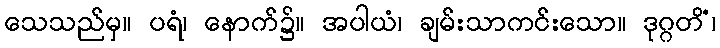
သေသည်မှ။ ပရံ၊ နောက်၌။ အပါယံ၊ ချမ်းသာကင်းသော။ ဒုဂ္ဂတိံ၊